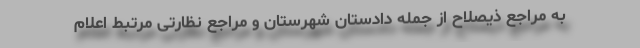
به مراجع ذیصلاح از جمله دادستان شهرستان و مراجع نظارتی مرتبط اعلام